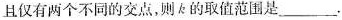
且仅有两个不同的交点，则k的取值范围是___.